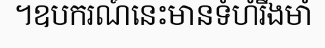
។ឧបករណ៍នេះមានទំហំរឹងមាំ